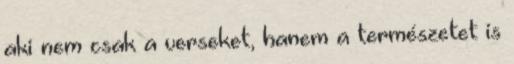
aki nem csak a verseket, hanem a természetet is